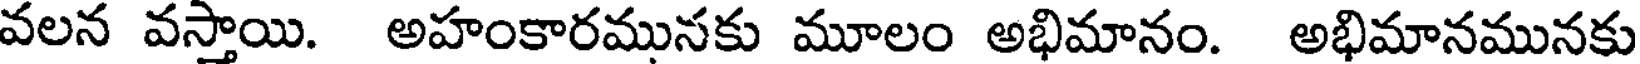
వలన వస్తాయి. అహంకారమునకు మూలం అభిమానం. అభిమానమునకు